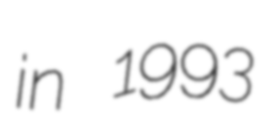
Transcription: in 1993